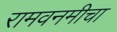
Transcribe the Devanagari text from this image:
रामवनमीचा